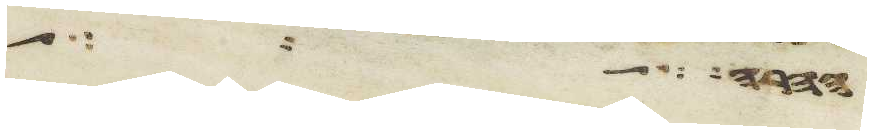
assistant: חרה לך